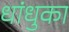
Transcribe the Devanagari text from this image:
धांधुका